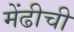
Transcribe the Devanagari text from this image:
मेंढीची